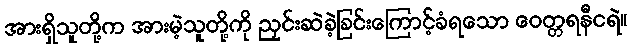
အားရှိသူတို့က အားမဲ့သူတို့ကို ညှင်းဆဲခဲ့ခြင်းကြောင့်ခံရသော ဝေတ္တရနီငရဲ။